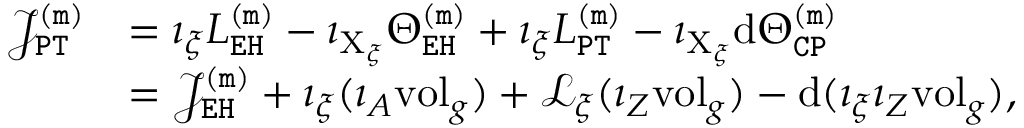
\begin{array} { r l } { \mathcal { J } _ { \mathtt { P T } } ^ { \mathtt { ( m ) } } } & { = \imath _ { \xi } L _ { \mathtt { E H } } ^ { \mathtt { ( m ) } } - \imath _ { \mathrm { X } _ { \xi } } \Theta _ { \mathtt { E H } } ^ { \mathtt { ( m ) } } + \imath _ { \xi } L _ { \mathtt { P T } } ^ { \mathtt { ( m ) } } - \imath _ { \mathrm { X } _ { \xi } } \mathrm { d } \Theta _ { \mathtt { C P } } ^ { \mathtt { ( m ) } } } \\ & { = \mathcal { J } _ { \mathtt { E H } } ^ { \mathtt { ( m ) } } + \imath _ { \xi } ( \imath _ { A } \mathrm { v o l } _ { g } ) + \mathcal { L } _ { \xi } ( \imath _ { Z } \mathrm { v o l } _ { g } ) - \mathrm { d } ( \imath _ { \xi } \imath _ { Z } \mathrm { v o l } _ { g } ) , } \end{array}